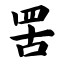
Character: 罟